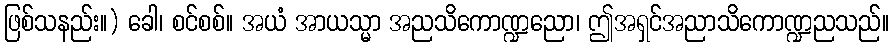
ဖြစ်သနည်း။) ခေါ၊ စင်စစ်။ အယံ အာယသ္မာ အညသိကောဏ္ဍညော၊ ဤအရှင်အညာသိကောဏ္ဍညသည်။